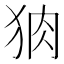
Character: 𭸆